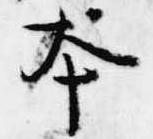
本